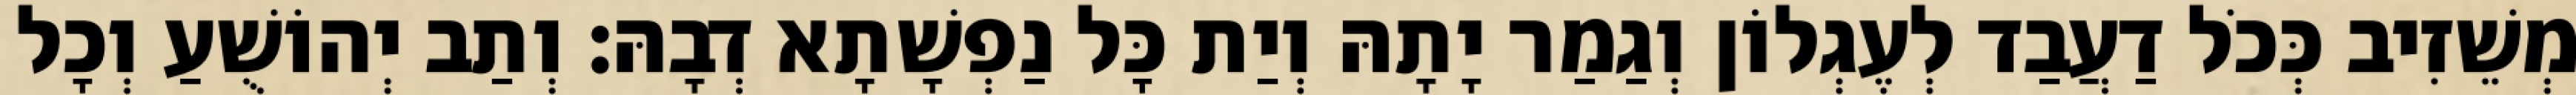
מְשֵׁזִיב כְּכֹל דַעֲבַד לְעֶגְלוֹן וְגַמַר יָתָהּ וְיַת כָּל נַפְשָׁתָא דְבָהּ׃ וְתַב יְהוֹשֻׁעַ וְכָל